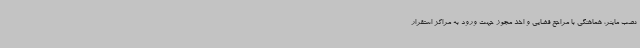
نصب ماینر، هماهنگی با مراجع قضایی و اخذ مجوز جهت ورود به مراکز استقرار